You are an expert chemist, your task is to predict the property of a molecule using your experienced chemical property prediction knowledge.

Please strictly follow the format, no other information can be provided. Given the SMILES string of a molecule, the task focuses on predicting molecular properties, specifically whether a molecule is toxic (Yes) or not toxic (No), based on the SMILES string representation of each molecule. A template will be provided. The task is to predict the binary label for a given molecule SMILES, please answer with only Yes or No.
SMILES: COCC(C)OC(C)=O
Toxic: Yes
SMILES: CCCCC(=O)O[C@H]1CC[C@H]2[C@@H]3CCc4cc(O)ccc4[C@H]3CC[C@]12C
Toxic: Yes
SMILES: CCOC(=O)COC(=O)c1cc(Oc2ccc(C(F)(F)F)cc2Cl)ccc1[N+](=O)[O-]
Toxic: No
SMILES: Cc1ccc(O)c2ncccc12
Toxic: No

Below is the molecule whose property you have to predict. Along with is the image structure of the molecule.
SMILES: CC(=O)Oc1cccc(C)c1
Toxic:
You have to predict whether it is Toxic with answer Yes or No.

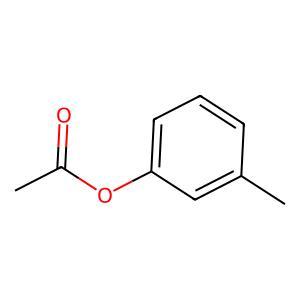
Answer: No